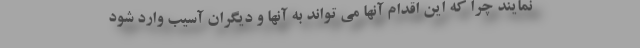
نمایند چرا که این اقدام آنها می تواند به آنها و دیگران آسیب وارد شود